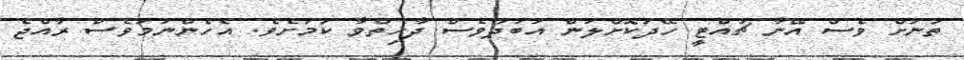
ތަނަށް ވެސް އޭނާ ޗުއްޓީ ހޭދަކޮށްލަން އަބަދުވެސް ދާހިތްވާ ކަމަށެވެ. އެހެންނަމަވެސް ރާއްޖެ